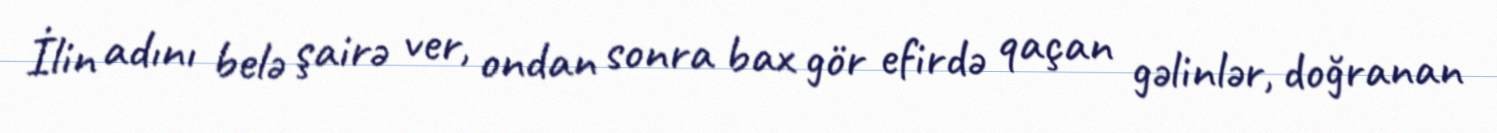
İlin adını belə şairə ver, ondan sonra bax gör efirdə qaçan gəlinlər, doğranan